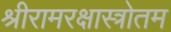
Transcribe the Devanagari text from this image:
श्रीरामरक्षास्त्रोतम